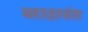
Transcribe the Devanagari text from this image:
मराठावंश